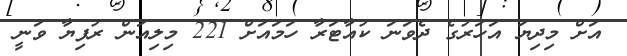
އަށް މިދިޔަ އަހަރުގެ ދެވަނަ ކުއާޓަރާ ހަމައަށް 221 މިލިއަން ރުފިޔާ ވަނީ